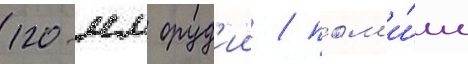
120-мм оруд'ии / пом'и́мо